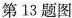
第13题图